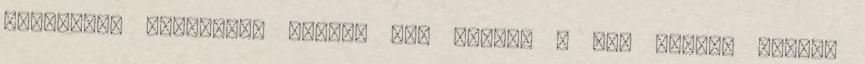
hajlandók tudomásul venni, meg észre. A NER tudja, bármit